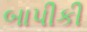
બાપીકી